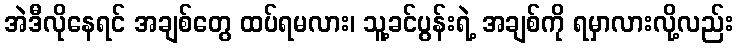
အဲဒီလိုနေရင် အချစ်တွေ ထပ်ရမလား၊ သူ့ခင်ပွန်းရဲ့ အချစ်ကို ရမှာလားလို့လည်း